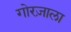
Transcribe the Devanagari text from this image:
गोरज़ाला